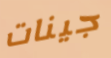
جينات